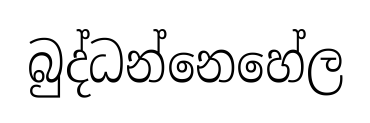
බුද්ධන්නෙහේල